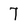
Character: 7